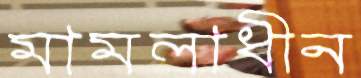
মামলাধীন